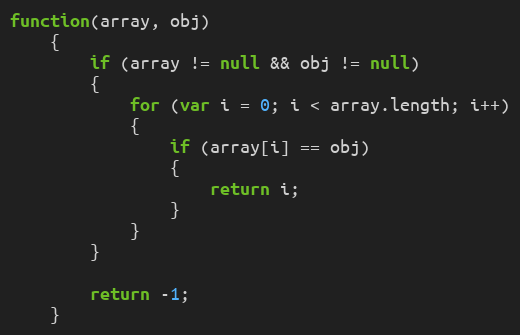
Language: JavaScript
function(array, obj)
	{
		if (array != null && obj != null)
		{
			for (var i = 0; i < array.length; i++)
			{
				if (array[i] == obj)
				{
					return i;
				}
			}
		}

		return -1;
	}